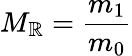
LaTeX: M_{\mathbb{R}}={\frac{{m_{1}}}{{m_{0}}}}